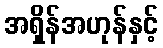
အရှိန်အဟုန်နှင့်